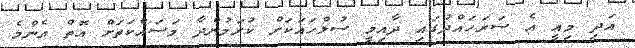
އަދި މިއީ އެ ސަރަހައްދުގައި ދާއިމީ ސުލްހައަކަށް ކުރަމުންދާ މަސައްކަތަށް އޮތް އެންމެ